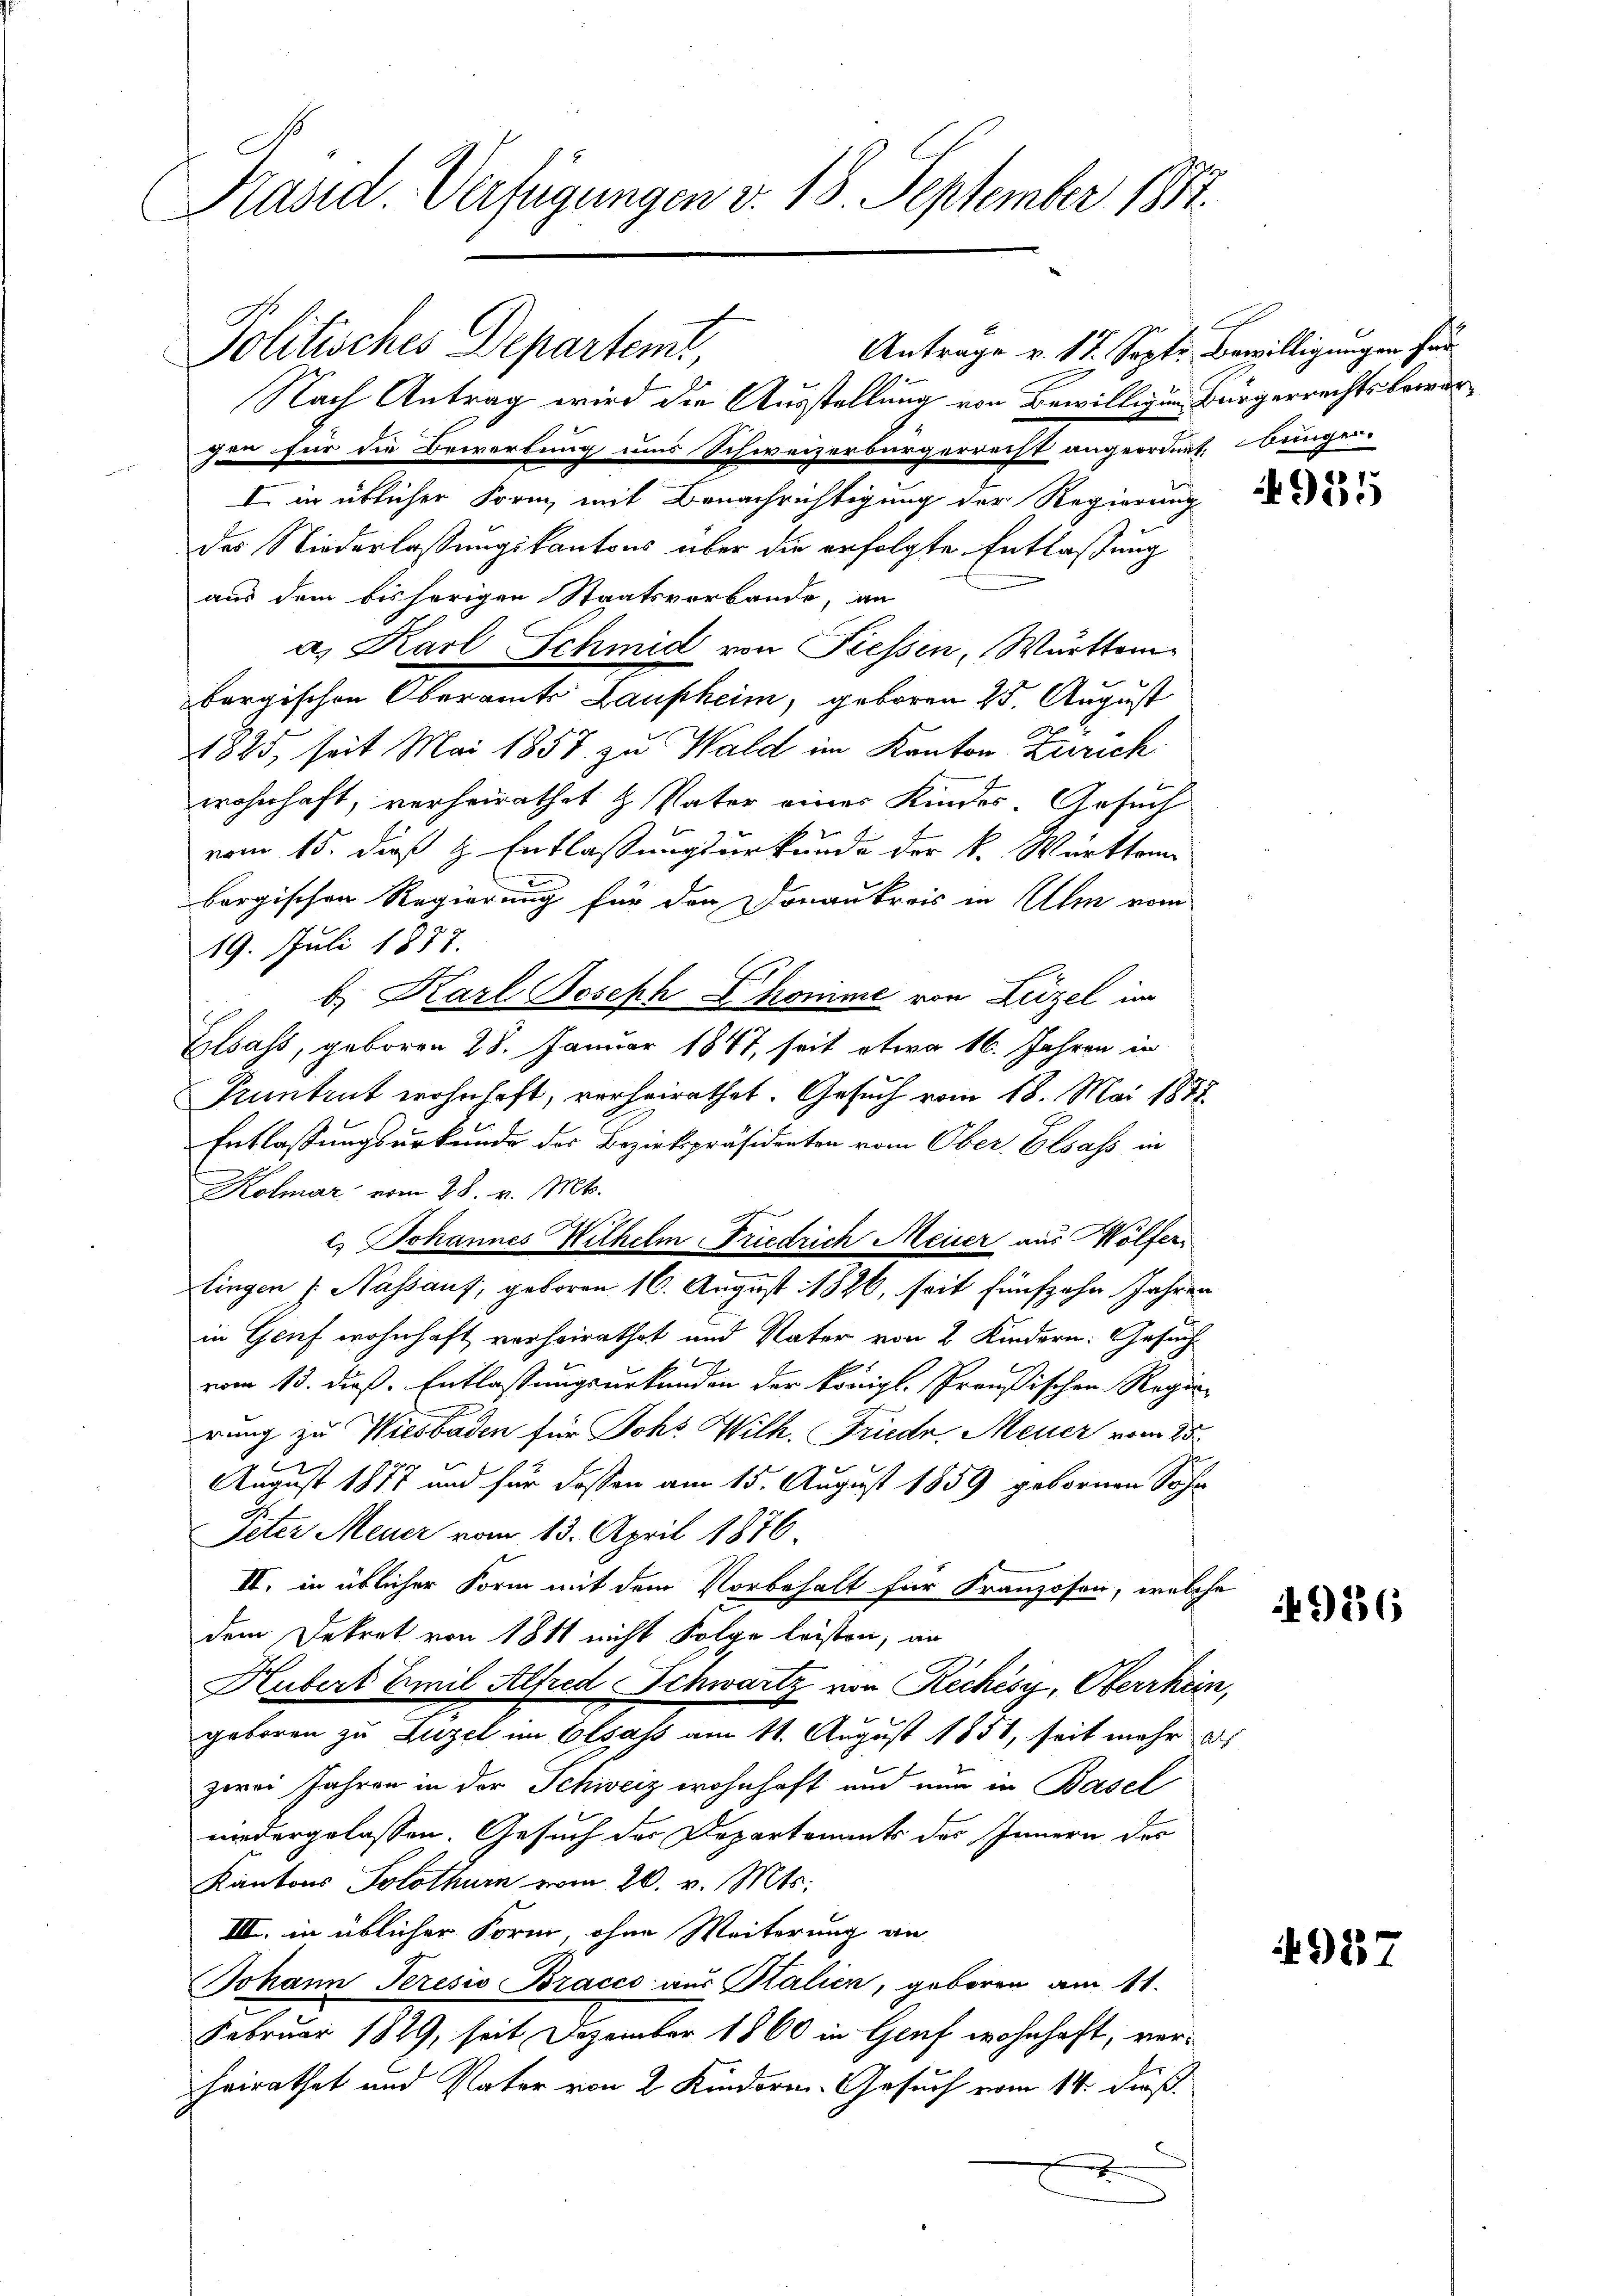
Präsid. Verfügungen v. 18. September 1882.

Politisches Departemt,
Antrage v. 17. Septe. Bewilligungen für

Nach Antrag wird die Ausstellung von Bewilligung Bürgerrechtsbewer¬
Jun für die Bewortung und Schweizerbürgerrecht angeordnet. Burger-
I in üblicher Form, mit Benachrichtigung der Regierung
des Niederlassungskantons über die erfolgte Entlaßung
aus dem bisherigen Staatsverbande, an
a. Karl Schmid von Tiessen, Württem
bergischen Oberamts Laupheim, geboren 25. August
1825, seit Mai 1857 zu Wald im Kanton Zürich
wohnhaft, verheirathet & Vater eines Kindes. Gesuch
vom 15. dieß H. Entlassungsurkunde der k. Württem
unerwegen und
bergischen Regierung für den Donaukreis in Ulm vom
19. Juli 1877.
Elsass, geboren 28. Januar 1847, seit etwa 16. Jahren in
Pruntrut wohnhaft, verheirathet. Gesuch vom 18. Mai 1888
Entlassungsurkunde der Bezirkspräsidenten vom Ober Elsass in
Kolmar vom 28. v. Mts.
c. Johannes Wilhelm Friedrich Meier aus Wölfer
rlingen (Nassaus, geboren 16. August 1826, seit fünfzehn Jahren
in Genf wohnhaft verheirathet und Vater von 2 Kindern: Gesuch
vom 13. dieß. Entlassungsurkunden der königl. Preußischen Regie-
rung zu Wiesbaden für Johs. Wilh. Friede Meier vom 25.
August 1877 und für dassen am 15. August 1859 gebornen Sohn
Peter Meyer vom 13. April 1876.
II. in üblicher Form mit dem Vorbehalt für Franzosen, welche
dem Dekret von 1811 nicht Folge leisten, an
Hubert Emil Alfred Schwartz von Rechésy, Oberrhein,
geboren zu Luzel im Elsass am 11. August 1851, seit mehr di
zwei Jahren in der Schweiz wohnhaft und nun in Basel
niedergelassen. Gesuch der Departenants des Innern des
Kantons Solothurn vom 20. v. Mts.
III. in üblicher Form, ohne Weiterung an
Johann Peresio Bracco aus Kalien, geboren am 11.
Februar 1829, seit Dezember 1860 in Genf wohnhaft, verheirathet und Vater von 2 Kindorm.-Gesuch vom 14. dieß.
x

b. Karl Joseph L komme von Liezel im

4935

4986

4927